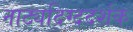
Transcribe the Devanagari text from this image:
नाट्यदिग्ददर्शक